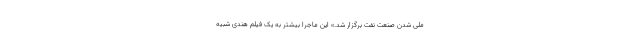
ملی شدن صنعت نفت برگزار شد.» این ماجرا بیشتر به یک فیلم هندی شبیه